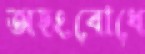
অহংবোধে